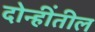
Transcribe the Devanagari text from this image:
दोन्हींतील